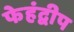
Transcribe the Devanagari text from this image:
फेहंद्वीप